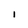
Character: I